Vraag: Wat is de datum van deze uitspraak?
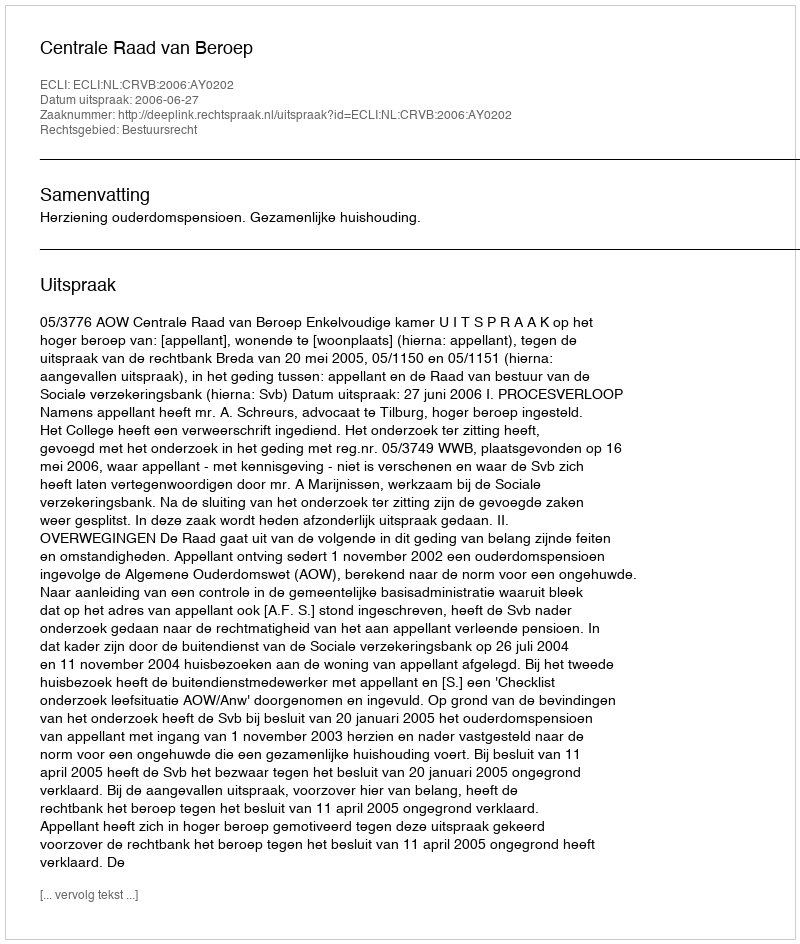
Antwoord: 2006-06-27